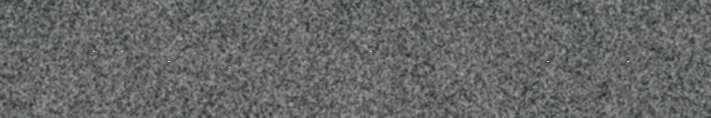
johkem Rostaelva gaavnesje